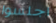
اجلسوا